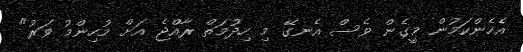
އެހެންކަމުން މީގެން ވެސް އެނގޭ މި ހިދުމަތް ރާއްޖެ އަށް މުހިންމު ވަރު"